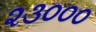
૨૩૦૦૦